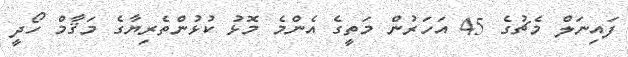
ފައިނަލް މެޗުގެ 45 އަހަރުން މަތީގެ އެންމެ މޮޅު ކުޅުންތެރިޔާގެ މަޤާމް ހޯދީ